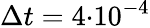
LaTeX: \Delta t=4{\cdot}10^{-4}